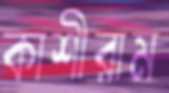
কাশীরাম